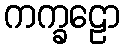
ကက္ခဠော